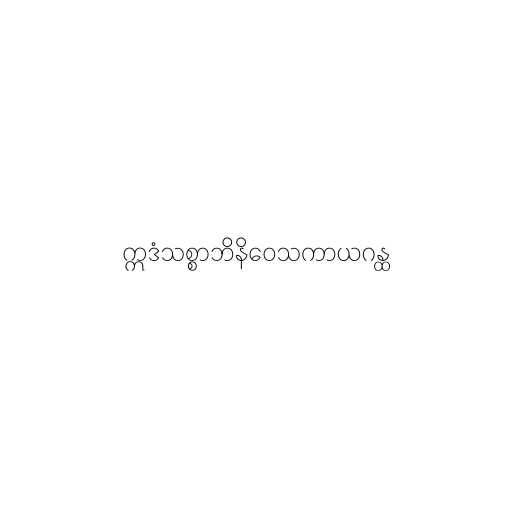
ဣဒံသစ္စာဘိနိဝေသကာယဂန္ထ